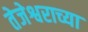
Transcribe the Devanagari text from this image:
तेजेश्वराच्या